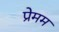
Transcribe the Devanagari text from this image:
प्रेमम